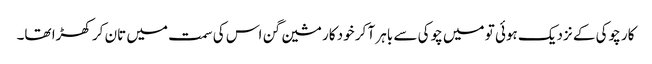
کار چوکی کے نزدیک ہوئی تو میں چوکی سے باہر آ کر خود کار مشین گن اس کی سمت میں تان کر کھڑا تھا۔